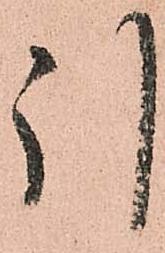
引